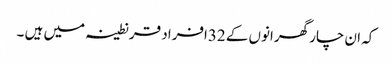
کہ ان چار گھرانوں کے 32افراد قرنطینہ میں ہیں ۔